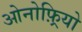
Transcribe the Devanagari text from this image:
ओनोफ़्रियो